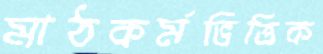
মাঠকর্মভিত্তিক